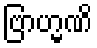
ဗြာဟ္မဏိ